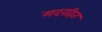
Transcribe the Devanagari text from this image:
मदरहित